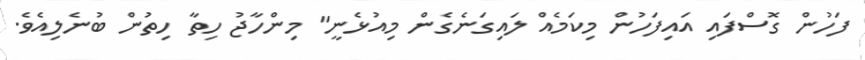
ފަހުން ގޮސްފައި އައިފަހުން މިކަމެއް ލައިގަނެގެން މިއުޅެނީ" މިންހާޖު ހިތާ ހިތުން ބުނެލިއެވެ.